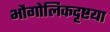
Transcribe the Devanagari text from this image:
भौगोलिकदृष्टया